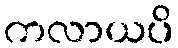
ကလာယပိ